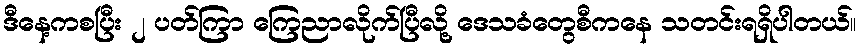
ဒီနေ့ကစပြီး ၂ ပတ်ကြာ ကြေညာလိုက်ပြီလို့ ဒေသခံတွေစီကနေ သတင်းရရှိပါတယ်။